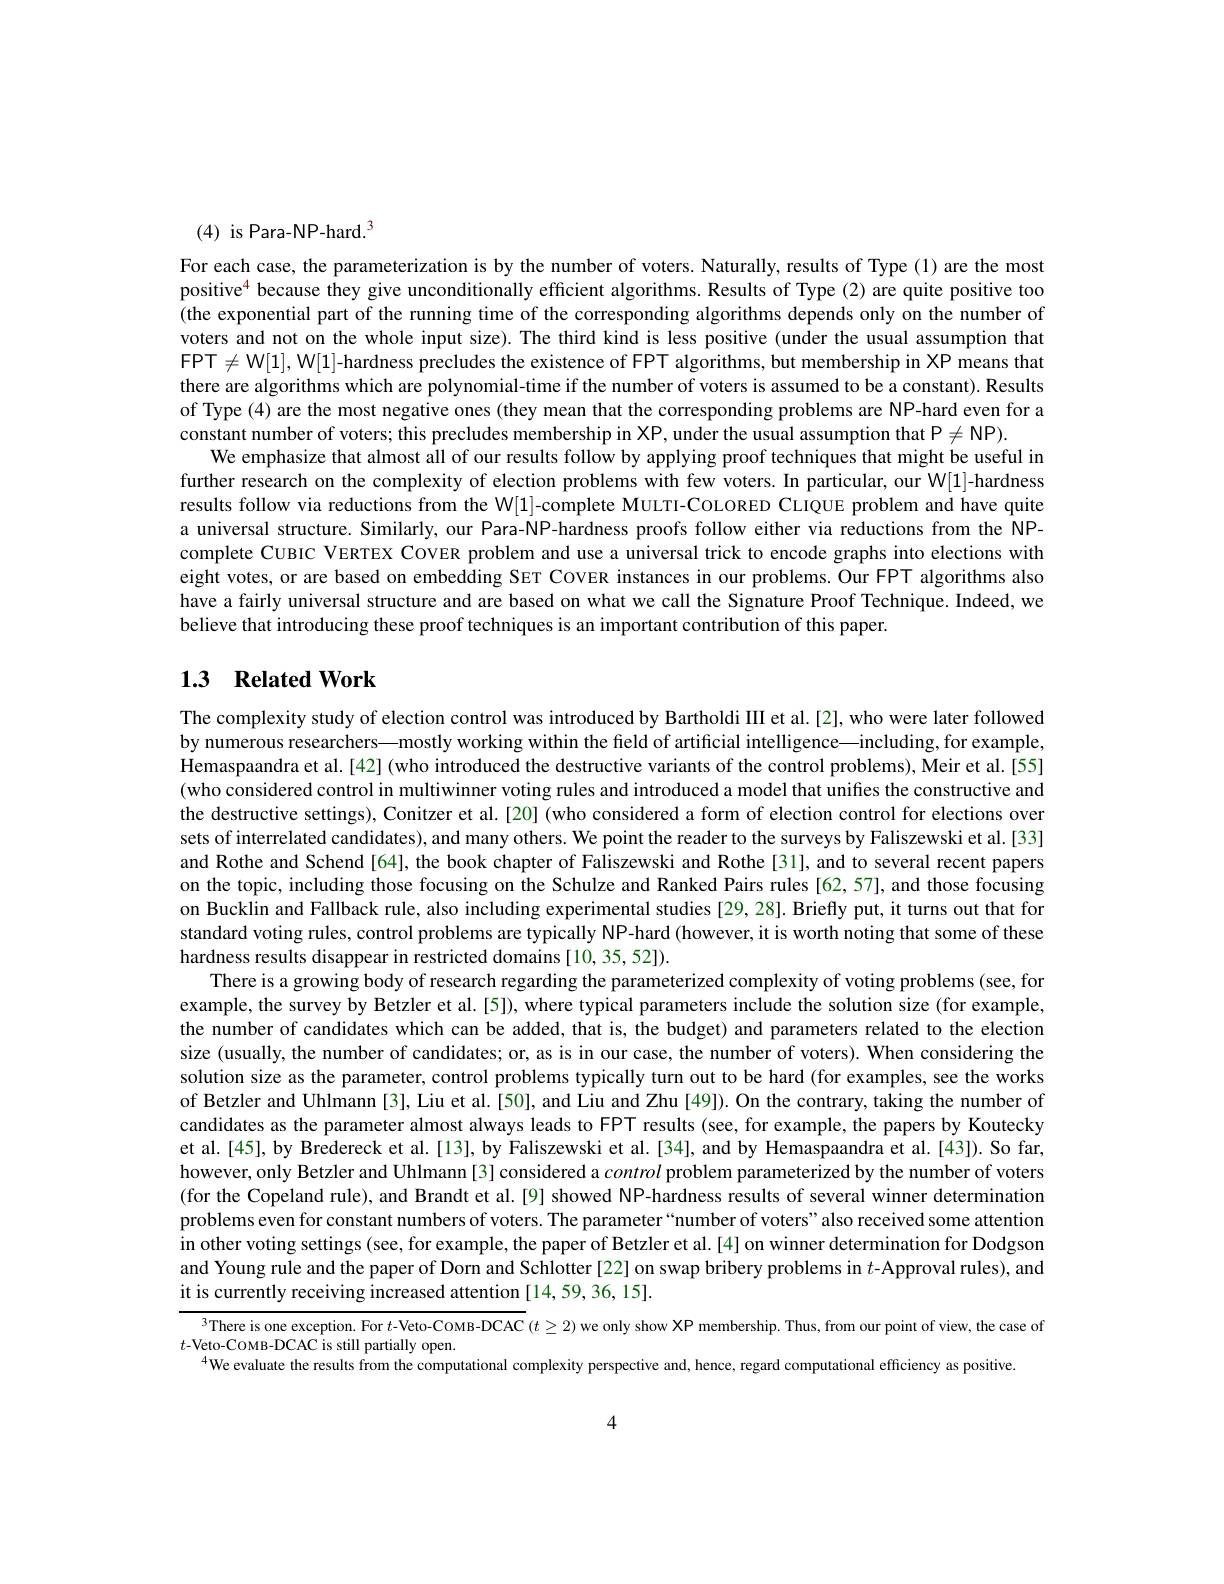
(4) is Para-NP-hard.$^3$

For each case, the parameterization is by the number of voters. Naturally, results of Type (1) are the most positive$^{4}$ because they give unconditionally efficient algorithms. Results of Type (2) are quite positive too (the exponential part of the running time of the corresponding algorithms depends only on the number of voters and not on the whole input size). The third kind is less positive (under the usual assumption that FPT $\neq\mathbb{W}[1],\mathbb{W}[1]$-hardness precludes the existence of FPT algorithms, but membership in XP means that there are algorithms which are polynomial-time if the number of voters is assumed to be a constant). Results of Type (4) are the most negative ones (they mean that the corresponding problems are NP-hard even for a constant number of voters; this precludes membership in XP, under the usual assumption that P$\neq\mathsf{NP}).$
We emphasize that almost all of our results follow by applying proof techniques that might be useful in further research on the complexity of election problems with few voters. In particular, our W[1]-hardness results follow via reductions from the W[1]-complete MuLTI-CoLORED CLIQUE problem and have quite a universal structure. Similarly, our Para-NP-hardness proofs follow either via reductions from the NPcomplete CUBIC VERTEX COVER problem and use a universal trick to encode graphs into elections with eight votes, or are based on embedding SET COVER instances in our problems. Our FPT algorithms also have a fairly universal structure and are based on what we call the Signature Proof Technique. Indeed, we believe that introducing these proof techniques is an important contribution of this paper.

## 1.3 Related Work

The complexity study of election control was introduced by Bartholdi III et al.[2], who were later followed by numerous researchers—mostly working within the field of artificial intelligence—including, for example, Hemaspaandra et al.[42] (who introduced the destructive variants of the control problems), Meir et al.[55] (who considered control in multiwinner voting rules and introduced a model that unifies the constructive and the destructive settings), Conitzer et al.[20] (who considered a form of election control for elections over sets of interrelated candidates), and many others. We point the reader to the surveys by Faliszewski et al. [33] and Rothe and Schend [64], the book chapter of Faliszewski and Rothe[31], and to several recent papers on the topic, including those focusing on the Schulze and Ranked Pairs rules [62,57], and those focusing on Bucklin and Fallback rule, also including experimental studies [29, 28]. Briefly put, it turns out that for standard voting rules, control problems are typically NP-hard (however, it is worth noting that some of these hardness results disappear in restricted domains [10, 35, 52]).
There is a growing body of research regarding the parameterized complexity of voting problems (see, for example, the survey by Betzler et al.[5]), where typical parameters include the solution size (for example, the number of candidates which can be added, that is, the budget) and parameters related to the election size (usually, the number of candidates; or, as is in our case, the number of voters). When considering the solution size as the parameter, control problems typically turn out to be hard (for examples, see the works of Betzler and Uhlmann [3], Liu et al. [50], and Liu and Zhu [49]). On the contrary, taking the number of candidates as the parameter almost always leads to FPT results (see, for example, the papers by Koutecky et al.[45], by Bredereck et al.[13], by Faliszewski et al.[34], and by Hemaspaandra et al.[43]). So far, however, only Betzler and Uhlmann [3] considered a control problem parameterized by the number of voters (for the Copeland rule), and Brandt et al.[9] showed NP-hardness results of several winner determination problems even for constant numbers of voters. The parameter“number of voters”also received some attention in other voting settings (see, for example, the paper of Betzler et al.[4] on winner determination for Dodgson and Young rule and the paper of Dorn and Schlotter [22] on swap bribery problems in $t$-Approval rules), and it is currently receiving increased attention [14,59,36,15].
$^{3}$There is one exception. For $t$-Veto-CoMB-DCAC $(t\geq2)$ we only show XP membership. Thus, from our point of view, the case of

$t$-Veto-COMB-DCAC is still partially open.
$^{4}$We evaluate the results from the computational complexity perspective and, hence, regard computational efficiency as positive.

4